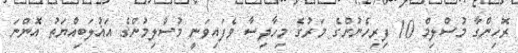
ރޮހިންގާ މުސްލިމް 10 ފިރިހެނުންގެ މަރުގެ މިހާދިސާ ވެފައިވަނީ މުސްލިމުންގެ އަޣުލަބިއްޔަތު އޮންނަ